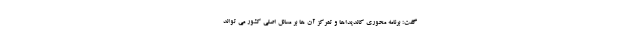
گفت: برنامه محوری کاندیداها و تمرکز آن ها بر مسائل اصلی کشور می تواند